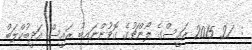
:  21